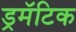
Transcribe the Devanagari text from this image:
ड्रमॅटिक